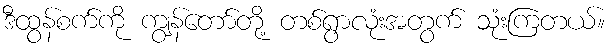
ဒီထွန်စက်ကို ကျွန်တော်တို့ တစ်ရွာလုံးအတွက် သုံးကြတယ်။